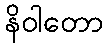
နိဝါတော